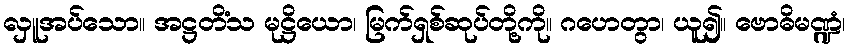
လှူအပ်သော။ အဋ္ဌတိံသ မုဋ္ဌိယော၊ မြက်ရှစ်ဆုပ်တို့ကို။ ဂဟေတွာ၊ ယူ၍။ ဗောဓိမဏ္ဍံ၊